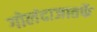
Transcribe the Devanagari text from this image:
गोलंदाजातर्फे